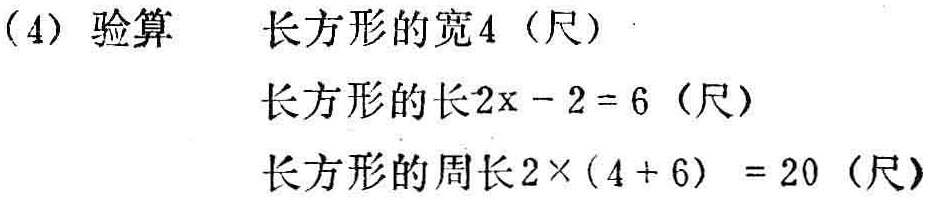
（4）验算
长方形的宽\(4\)（尺）
长方形的长\(2x - 2 = 6\)（尺）
长方形的周长\(2\times(4 + 6)=20\)（尺）